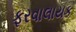
ફરવાલાયક